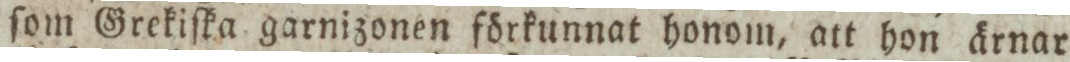
ſom Grekiſka garnizonen förkunnat honom, att hon ärnar